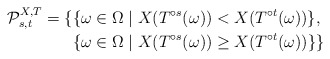
\begin{align*}\mathcal{P}^{X,T}_{s,t}=\{&\{\omega \in \Omega \mid X ( T^{\circ s}(\omega)) < X ( T^{\circ t}(\omega))\} ,\\ &\{\omega \in \Omega \mid X ( T^{\circ s}(\omega)) \geq X ( T^{\circ t}(\omega))\}\}\end{align*}